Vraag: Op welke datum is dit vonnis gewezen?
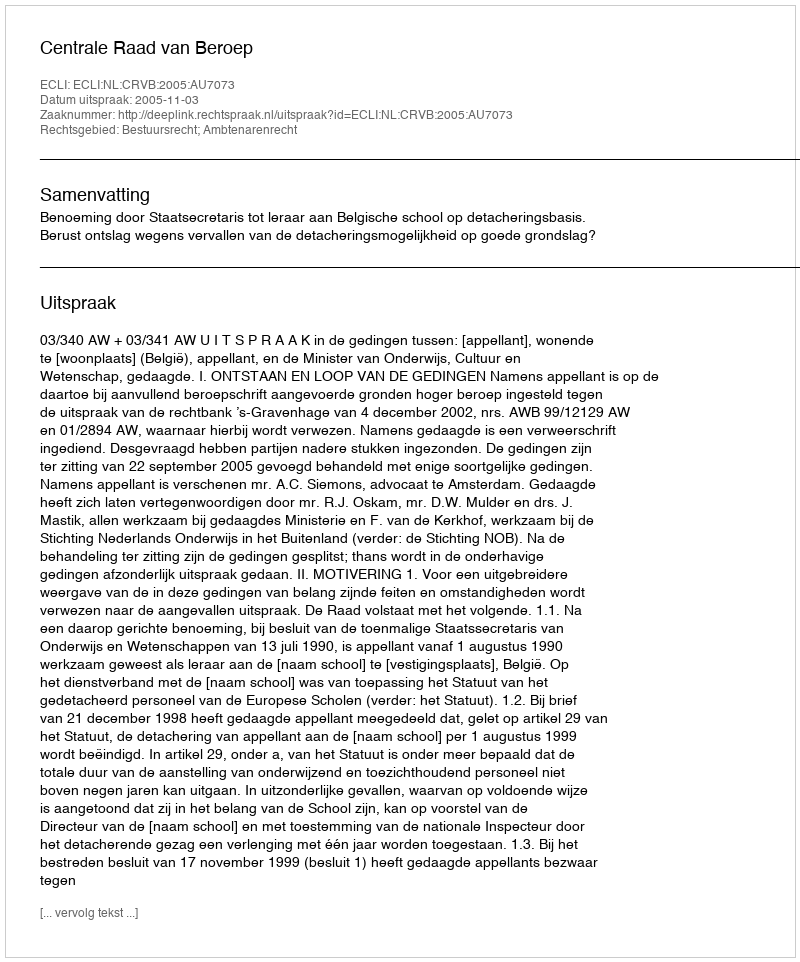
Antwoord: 2005-11-03